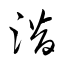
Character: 濳